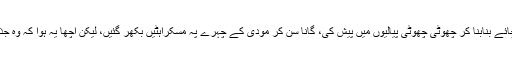
کشی رانی کرتے ہوئے، شی جن پنگ نے مودی کو اور مودی نے، شی جن پنگ کو چائے بنابنا کر چھوٹی چھوٹی پیالیوں میں پیش کی، گانا سن کر مودی کے چہرے پہ مسکراہٹیں بکھر گئیں، لیکن اچھا یہ ہوا کہ وہ جذباتی ہوکر بھی آپے سے باہر نہیں ہوئے شاید اِس لیے کہ وہ اپنے ملک میں نہیں تھے۔